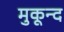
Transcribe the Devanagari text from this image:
मुकून्द